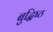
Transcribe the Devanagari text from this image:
बुद्धिष्‍ठ